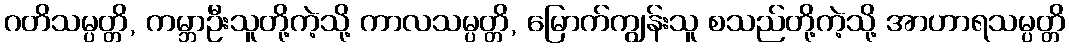
ဂတိသမ္ပတ္တိ, ကမ္ဘာဦးသူတို့ကဲ့သို့ ကာလသမ္ပတ္တိ, မြောက်ကျွန်းသူ စသည်တို့ကဲ့သို့ အာဟာရသမ္ပတ္တိ